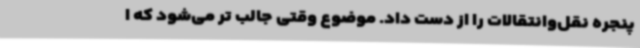
پنجره نقل‌وانتقالات را از دست داد. موضوع وقتی جالب تر می‌شود که ا